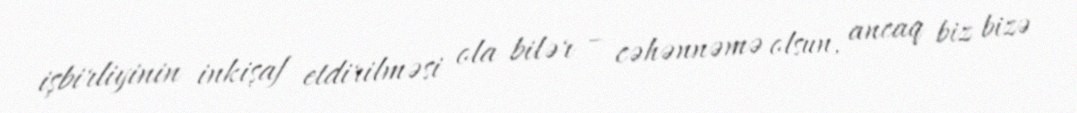
işbirliyinin inkişaf etdirilməsi ola bilər – cəhənnəmə olsun, ancaq biz bizə